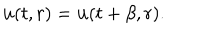
LaTeX: { \bf u } ( t , r ) = { \bf u } ( t + \beta , r ) .